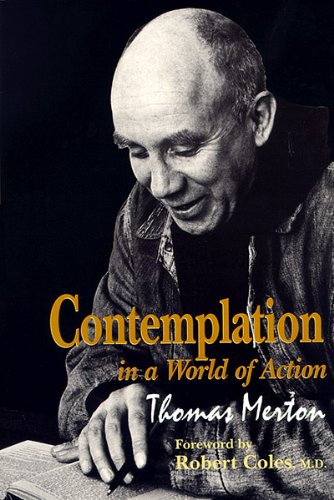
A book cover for Contemplation in a World of Action: Second Edition, Restored and Corrected (GETHSEMANI STUDIES P); Thomas Merton; Christian Books & Bibles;